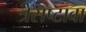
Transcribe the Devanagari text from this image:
त्रेसष्टावा